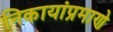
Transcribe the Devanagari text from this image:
निकायांप्रमाणे